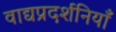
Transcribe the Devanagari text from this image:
वाद्यप्रदर्शनियाँ